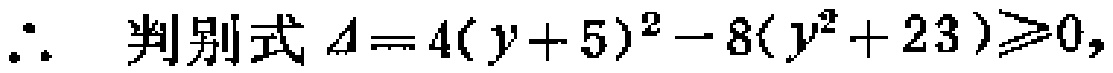
\(\therefore \text{ 判别式 } \Delta = 4(y + 5)^{2} - 8(y^{2} + 23)\geqslant0,\)